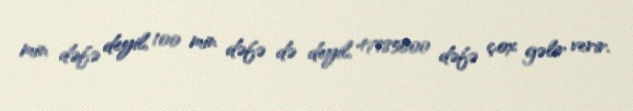
min dəfə deyil, 100 min dəfə də deyil, 47185000 dəfə çox gəlir verir.